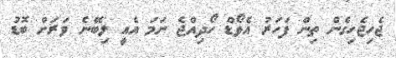
ޖެހިޖެހިގެން ތިން ފަހަރު އެވޯޑް ހޯދިއްޖެ ނަމަ އެއީ ލިބޭނެ ވަރަށް ބޮޑު